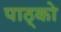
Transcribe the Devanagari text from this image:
पाठ्को